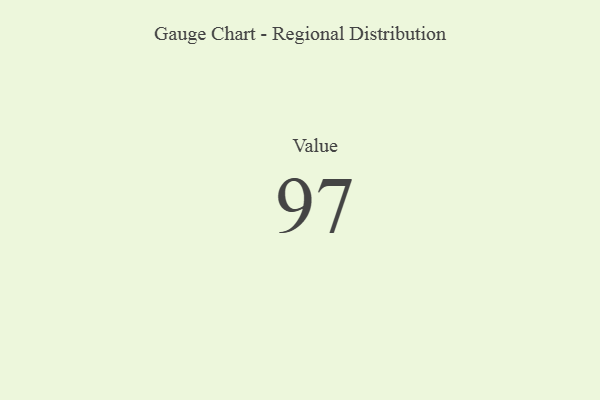
{"axis": {"x": "Metric", "y": "Value"}, "legend": [""], "data": [{"x": "Value", "y": 97, "type": ""}]}